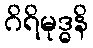
ဂိရိမုဒ္ဓနိ